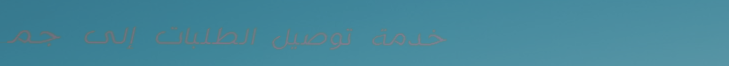
خدمة توصيل الطلبات إلى جم